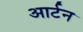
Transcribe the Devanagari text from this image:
आर्टन